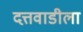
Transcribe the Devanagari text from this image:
दत्तवाडीला